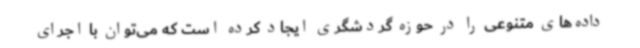
داده‌های متنوعی را در حوزه گردشگری ایجاد کرده است که می‌توان با اجرای